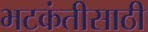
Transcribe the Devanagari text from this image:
भटकंतीसाठी